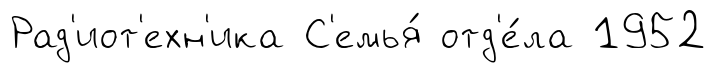
Рад'иот'ехн'ика С'емья́ отд'е́ла 1952